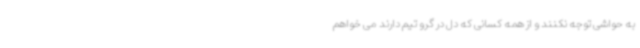
به حواشی توجه نکنند و از همه کسانی که دل در گرو تیم دارند می خواهم